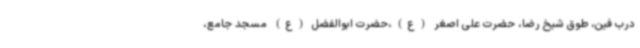
درب فین، طوق شیخ رضا، حضرت علی اصغر (ع)،حضرت ابوالفضل (ع) مسجد جامع،